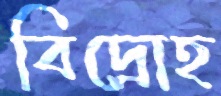
বিদ্রোহ